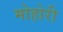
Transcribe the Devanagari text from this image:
मोहोरी